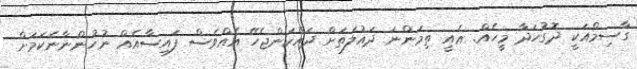
ގާސިމްއަކީ ދޮގުހަދާ މީހެއް. ޢެއީ ތިމަންނަ ދައުލަތަށް ދައްކަންޖެހޭ އެއްވެސް ފައިސާއެއް ނުހުންނާނެކަމަށް